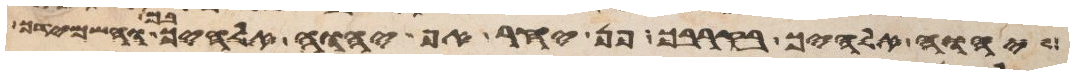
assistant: יהוה אלהיך בקרבך פן יחר אף יהוה אלהיך בך והשמידך